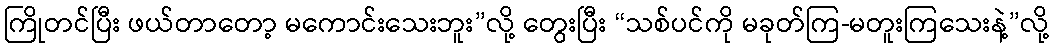
ကြိုတင်ပြီး ဖယ်တာတော့ မကောင်းသေးဘူး”လို့ တွေးပြီး “သစ်ပင်ကို မခုတ်ကြ-မတူးကြသေးနဲ့”လို့